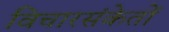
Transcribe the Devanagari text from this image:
विचारसंकेतों